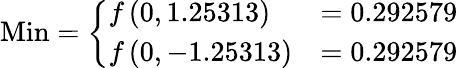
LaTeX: {\mathrm{Min}}={\left\{ \begin{array}{ll}{f\left(0,1.25313\right)}&{=0.292579}\\ {f\left(0,-1.25313\right)}&{=0.292579}\end{array}\right.}